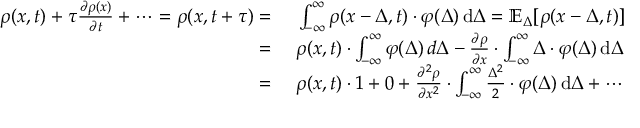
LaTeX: \begin{array} { r l } { \rho ( x , t ) + \tau { \frac { \partial \rho ( x ) } { \partial t } } + \cdots = \rho ( x , t + \tau ) = { } } & { { } \int _ { - \infty } ^ { \infty } \rho ( x - \Delta , t ) \cdot \varphi ( \Delta ) \, \mathrm { d } \Delta = \mathbb { E } _ { \Delta } [ \rho ( x - \Delta , t ) ] } \\ { = { } } & { { } \rho ( x , t ) \cdot \int _ { - \infty } ^ { \infty } \varphi ( \Delta ) \, d \Delta - { \frac { \partial \rho } { \partial x } } \cdot \int _ { - \infty } ^ { \infty } \Delta \cdot \varphi ( \Delta ) \, \mathrm { d } \Delta } \\ { = { } } & { { } \rho ( x , t ) \cdot 1 + 0 + { \frac { \partial ^ { 2 } \rho } { \partial x ^ { 2 } } } \cdot \int _ { - \infty } ^ { \infty } { \frac { \Delta ^ { 2 } } { 2 } } \cdot \varphi ( \Delta ) \, \mathrm { d } \Delta + \cdots } \end{array}